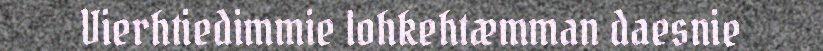
Vierhtiedimmie lohkehtæmman daesnie